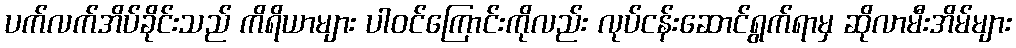
ပက်လက်အိပ်ခိုင်းသည် ကိရိယာများ ပါဝင်ကြောင်းကိုလည်း လုပ်ငန်းဆောင်ရွက်ရာမှ ဆိုလာမီးအိမ်များ